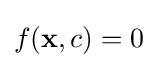
f({\mathbf {x} },c)=0